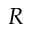
R